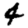
Digit: 4